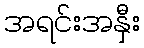
အရင်းအနှီး